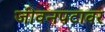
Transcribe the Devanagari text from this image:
जीवनपटावर